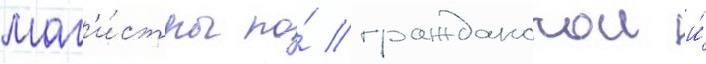
маг'и́стры по́ гражданскои и́